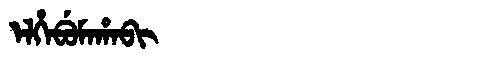
Manchu: ᡝᠯᡥᡝᠪᡠᠮᠠᡥᠠᠪᡳ
Romanization: ELHEBUMAHABI